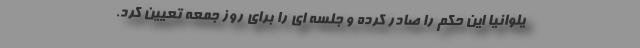
یلوانیا این حکم را صادر کرده و جلسه ای را برای روز جمعه تعیین کرد.